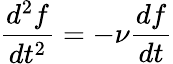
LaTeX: \frac{d^{2}f}{dt^{2}}=-\nu\frac{df}{dt}